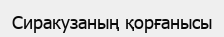
Сиракузаның қорғанысы